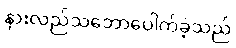
နားလည်သဘောပေါက်ခဲ့သည်